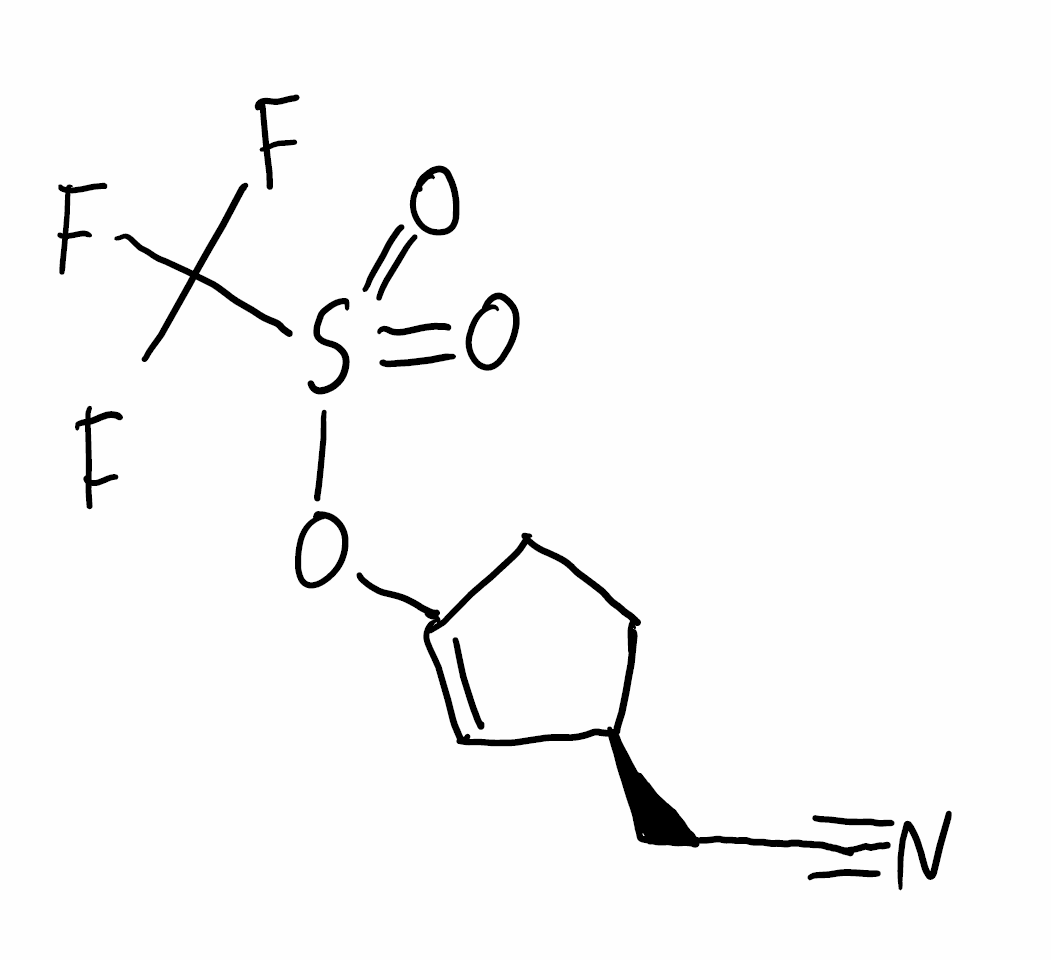
Simplified molecular-input line-entry system (SMILES) notation of the given molecule:
C1CC(=C[C@@H]1CC#N)OS(=O)(=O)C(F)(F)F